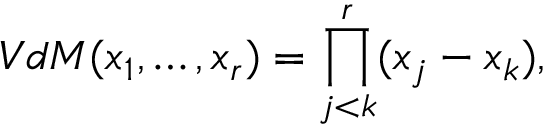
V d M ( x _ { 1 } , \ldots , x _ { r } ) = \prod _ { j < k } ^ { r } ( x _ { j } - x _ { k } ) ,